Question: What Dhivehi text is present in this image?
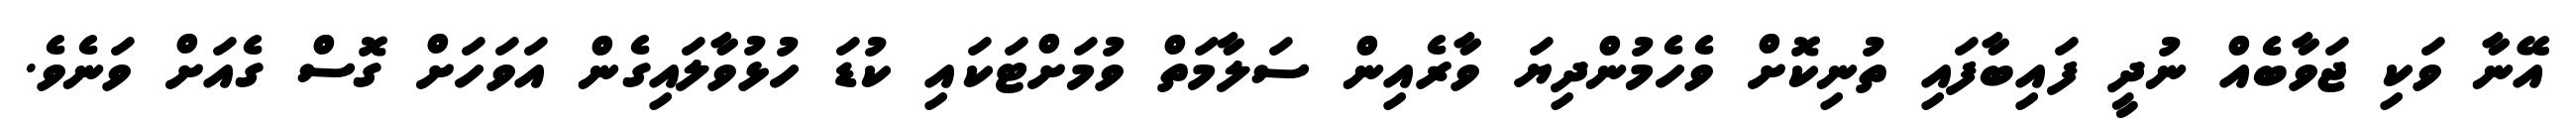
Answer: އޭނާ ވަކި ޖަވާބެއް ނުދީ ފައިބާފައި ތުނިކޮށް ވެހެމުންދިޔަ ވާރެއިން ސަލާމަތް ވުމަށްޓަކައި ކުޑަ ހުޅުވާލައިގެން އަވަހަށް ގޮސް ގެއަށް ވަނެވެ.